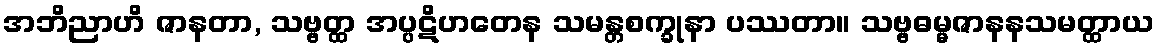
အဘိညာဟိ ဇာနတာ, သဗ္ဗတ္ထ အပ္ပဋိဟတေန သမန္တစက္ခုနာ ပဿတာ။ သဗ္ဗဓမ္မဇာနနသမတ္ထာယ